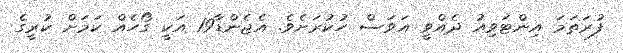
ފުރަތަމަ އިންޓަވިއު ދެއްވީ އަވަސް ހުކުރަށެވެ. އެޖެންޑާ19 އަކީ ގޯހެއް ކަމަށް ކުރީގެ